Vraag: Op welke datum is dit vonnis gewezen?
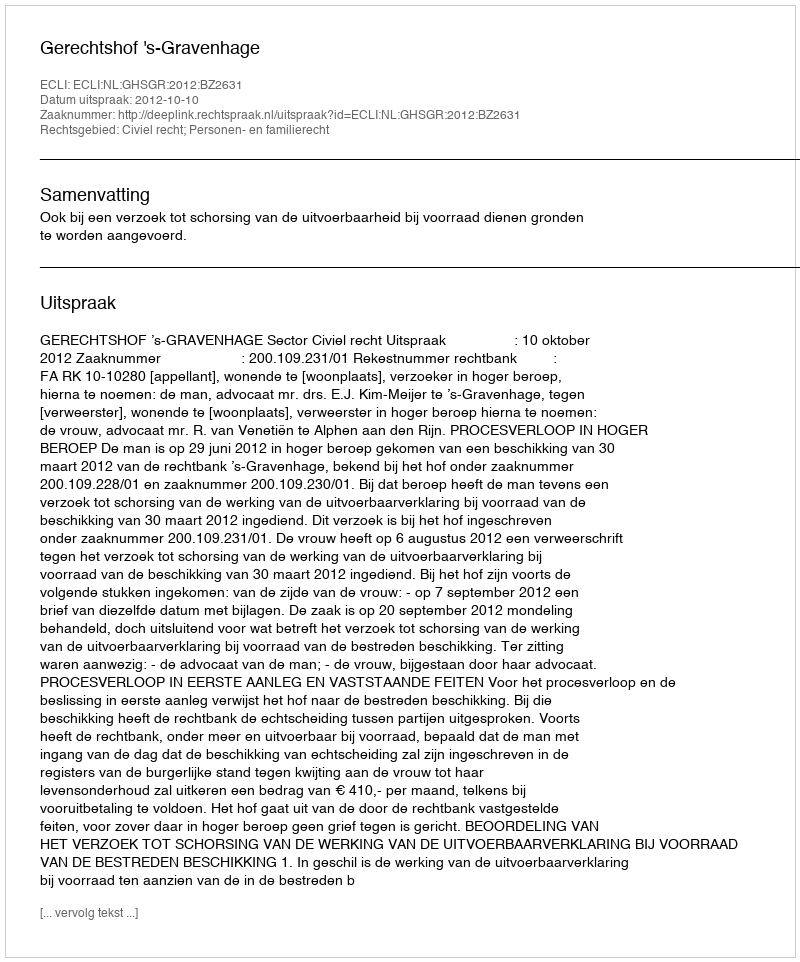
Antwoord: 2012-10-10